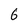
Character: 6